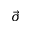
\vec { \sigma }